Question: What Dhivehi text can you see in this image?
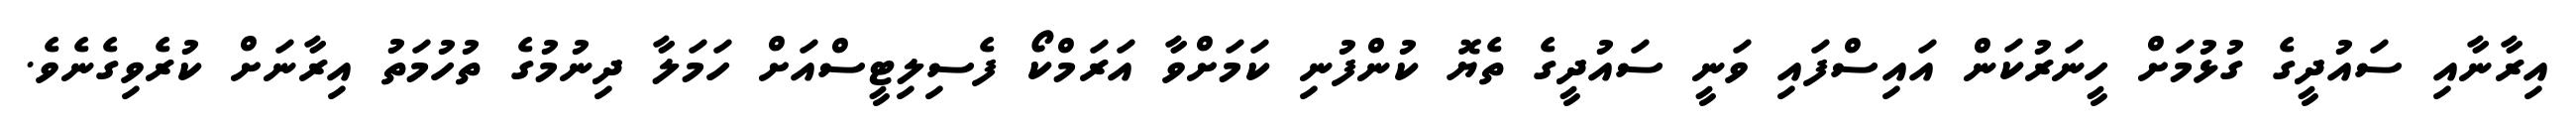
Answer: އިރާނާއި ސައުދީގެ ގުޅުމަށް ހީނަރުކަން އައިސްފައި ވަނީ ސައުދީގެ ތެޔޮ ކުންފުނި ކަމަށްވާ އަރަމްކޯ ފެސިލިޓީސްއަށް ހަމަލާ ދިނުމުގެ ތުހުމަތު އިރާނަށް ކުރެވިގެނެވެ.